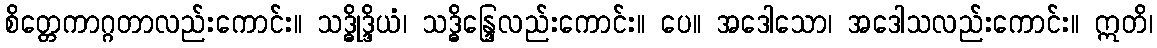
စိတ္တေကာဂ္ဂတာလည်းကောင်း။ သဒ္ဓိုဒ္ဒိယံ၊ သဒ္ဓိန္ဒြေလည်းကောင်း။ ပေ။ အဒေါသော၊ အဒေါသလည်းကောင်း။ ဣတိ၊